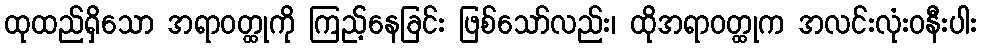
ထုထည်ရှိသော အရာဝတ္ထုကို ကြည့်နေခြင်း ဖြစ်သော်လည်း၊ ထိုအရာဝတ္ထုက အလင်းလုံးဝနီးပါး